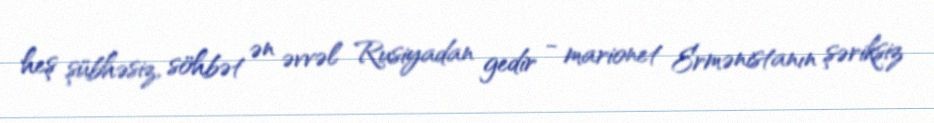
heş şübhəsiz, söhbət ən əvvəl Rusiyadan gedir - marionet Ermənistanın şəriksiz